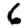
Digit: 6